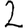
Digit: 2